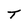
Character: T